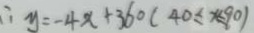
\therefore y = - 4 x + 3 6 0 ( 4 0 \leq x \leq 9 0 )